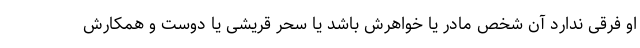
او فرقی ندارد آن شخص مادر یا خواهرش باشد یا سحر قریشی یا دوست و همکارش